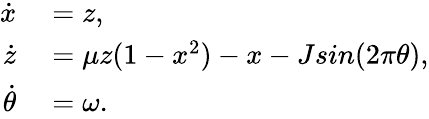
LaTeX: \begin{array}{rl}{\dot{x}}&{{}=z,}\\ {\dot{z}}&{{}=\mu z(1-x^{2})-x-Jsin(2\pi\theta),}\\ {\dot{\theta}}&{{}=\omega.}\end{array}